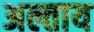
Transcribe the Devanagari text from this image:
अल्ताय